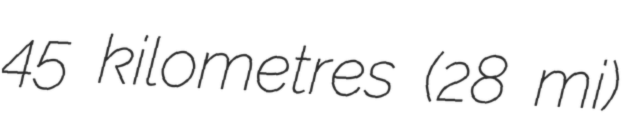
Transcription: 45 kilometres (28 mi)